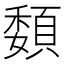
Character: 䫋